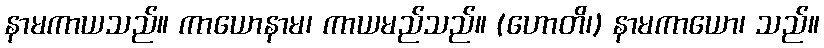
နာမကာယသည်။ ကာယောနာမ၊ ကာယမည်သည်။ (ဟောတိ၊) နာမကာယော၊ သည်။